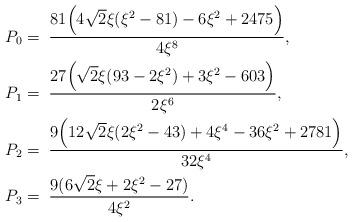
LaTeX: \begin{align*} P_0&=\;\frac{81\Big(4\sqrt{2}\xi({\xi}^2-81)-6{\xi}^2+2475\Big)}{4{\xi}^8},\\ P_1&=\;\frac{27\Big(\sqrt{2}\xi(93-2{\xi}^2)+3{\xi}^2-603\Big)}{2{\xi}^6},\\ P_2&=\;\frac{9\Big(12\sqrt{2}\xi(2{\xi}^2-43)+4{\xi}^4-36{\xi}^2+2781\Big)}{32{\xi}^4},\\ P_3&=\;\frac{9(6\sqrt{2}\xi+2{\xi}^2-27)}{4{\xi}^2}. \end{align*}